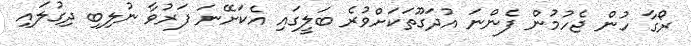
ރޯގާ ހުން ޖެހުމުން ފެންނަ އުދަގޫތަކަށްވުރެ ބަލީގައި އެކަށޭނަ ފަރުވާ ނުލިބި ދިގުލައި